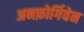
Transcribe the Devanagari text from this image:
अनफ़ोर्गिवेन